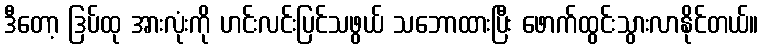
ဒီတော့ ဒြပ်ထု အားလုံးကို ဟင်းလင်းပြင်သဖွယ် သဘောထားပြီး ဖောက်ထွင်းသွားလာနိုင်တယ်။